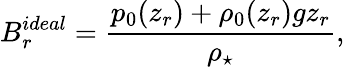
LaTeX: B_{r}^{ideal}=\frac{p_{0}(z_{r})+\rho_{0}(z_{r})gz_{r}}{\rho_{\star}},